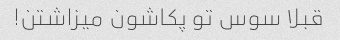
قبلا سوس تو پکاشون میزاشتن!